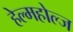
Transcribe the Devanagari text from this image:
हेल्महोल्ज